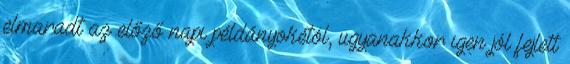
elmaradt az előző napi példányokétól, ugyanakkor igen jól fejlett